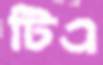
টিএ